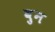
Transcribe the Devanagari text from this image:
वुन